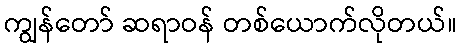
ကျွန်တော် ဆရာဝန် တစ်ယောက်လိုတယ်။